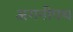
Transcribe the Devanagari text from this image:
अगनीपथ